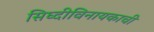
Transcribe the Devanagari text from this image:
सिघ्दीविनायकाची